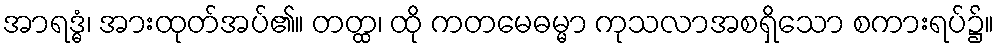
အာရဒ္ဓံ၊ အားထုတ်အပ်၏။ တတ္ထ၊ ထို ကတမေဓမ္မာ ကုသလာအစရှိသော စကားရပ်၌။